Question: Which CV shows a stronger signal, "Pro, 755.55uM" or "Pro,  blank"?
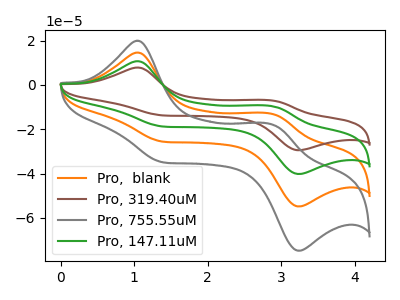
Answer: <think>The orange curve "Pro,  blank" has anodic peaks at (1.05V, 14.60uA) (2.85V, -13.05uA) and cathodic peaks at (1.40V, -25.70uA) (3.20V, -54.80uA). The brown curve "Pro, 319.40uM" has anodic peaks at (1.05V, 43.75uA) (2.85V, -39.15uA) and cathodic peaks at (1.40V, -77.05uA) (3.20V, -164.35uA). The gray curve "Pro, 755.55uM" has anodic peaks at (1.05V, 19.90uA) (2.85V, -17.80uA) and cathodic peaks at (1.40V, -35.05uA) (3.20V, -74.75uA). The green curve "Pro, 147.11uM" has anodic peaks at (1.05V, 29.15uA) (2.85V, -26.10uA) and cathodic peaks at (1.40V, -51.35uA) (3.20V, -109.55uA).
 All the peaks in "Pro, 755.55uM" have a peak in "Pro,  blank" at the same potential.</think>
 <answer>I cant tell if "Pro, 755.55uM" or "Pro,  blank" has more signal.</answer>
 <eval>mixed_signal</eval>